Annual report of the Punjab Veterinary College and of the Civil Veterinary Department, Punjab - 1920-1925
Year: 1920
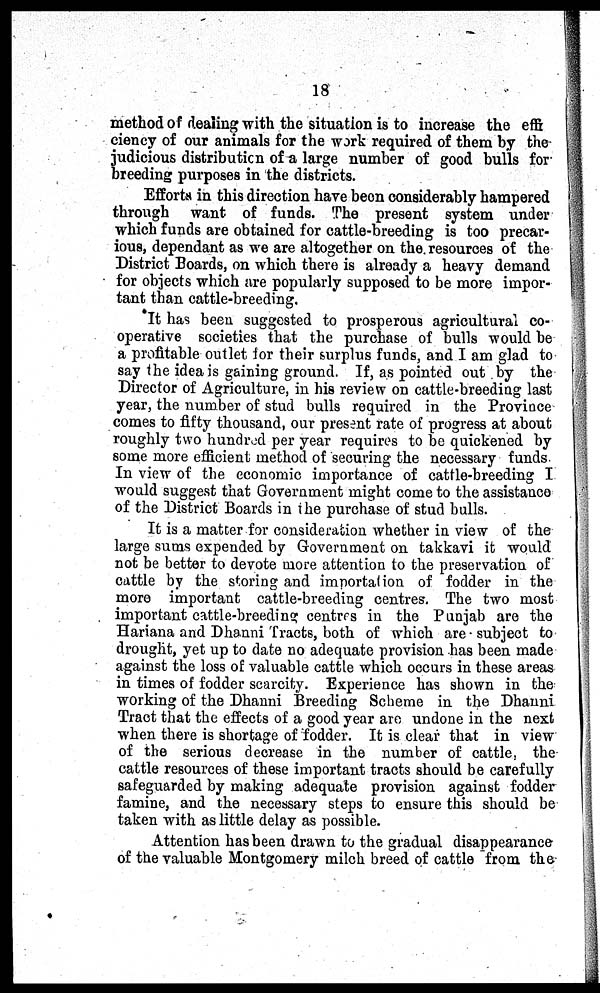
18
method of dealing with the situation is to increase the effi
ciency of our animals for the work required of them by the
j udicious distribution of a large number of good bulls for
breeding purposes in the districts.
Efforts in this direction have been considerably hampered
through want of funds. The present system under
which funds are obtained for cattle-breeding is too precar-
ious, dependant as we are altogether on the resources of the
District Boards, on which there is already a heavy demand
for objects which are popularly supposed to be more impor-
tant than cattle-breeding.
It has been suggested to prosperous agricultural co-
operative societies that the purchase of bulls would be
a profitable outlet for their surplus funds, and I am glad to
say the idea is gaining ground. If, as pointed out by the
Director of Agriculture, in his review on cattle-breeding last
year, the number of stud bulls required in the Province
comes to fifty thousand, our present rate of progress at about
roughly two hundred per year requires to be quickened by
some more efficient method of securing the necessary funds.
In view of the economic importance of cattle-breeding I
would suggest that Government might come to the assistance
of the District Boards in the purchase of stud bulls.
It is a matter for consideration whether in view of the
large sums expended by Government on takkavi it would
not be better to devote more attention to the preservation of
cattle by the storing and importation of fodder in the
more important cattle-breeding centres. The two most
important cattle-breeding centres in the Punjab are the
Hariana and Dhanni Tracts, both of which are subject to
drought, yet up to date no adequate provision has been made
against the loss of valuable cattle which occurs in these areas
in times of fodder scarcity. Experience has shown in the
working of the Dhanni Breeding Scheme in the Dhanni
Tract that the effects of a good year are undone in the next
when there is shortage of fodder. It is clear that in view
of the serious decrease in the number of cattle, the
cattle resources of these important tracts should be carefully
safeguarded by making adequate provision against fodder
famine, and the necessary steps to ensure this should be
taken with as little delay as possible.
Attention has been drawn to the gradual disappearance
of the valuable Montgomery milch breed of cattle from the